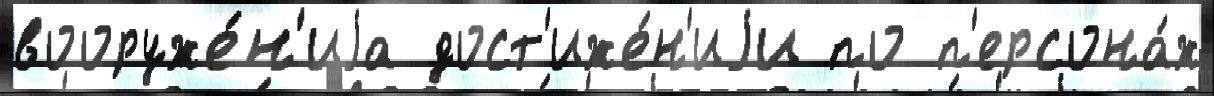
вооруже́н'иjа дост'иже́н'иjи по п'ерсона́ж